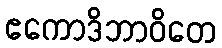
ဧကောဒိဘာဝိတေ